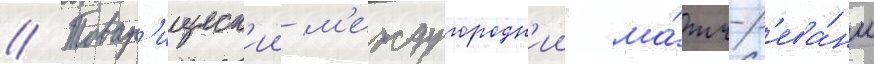
// Товар'ищеск'ии м'еждугородн'ии ма́тч-р'ева́нш